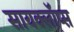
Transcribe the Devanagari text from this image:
सायक्लॉप्स